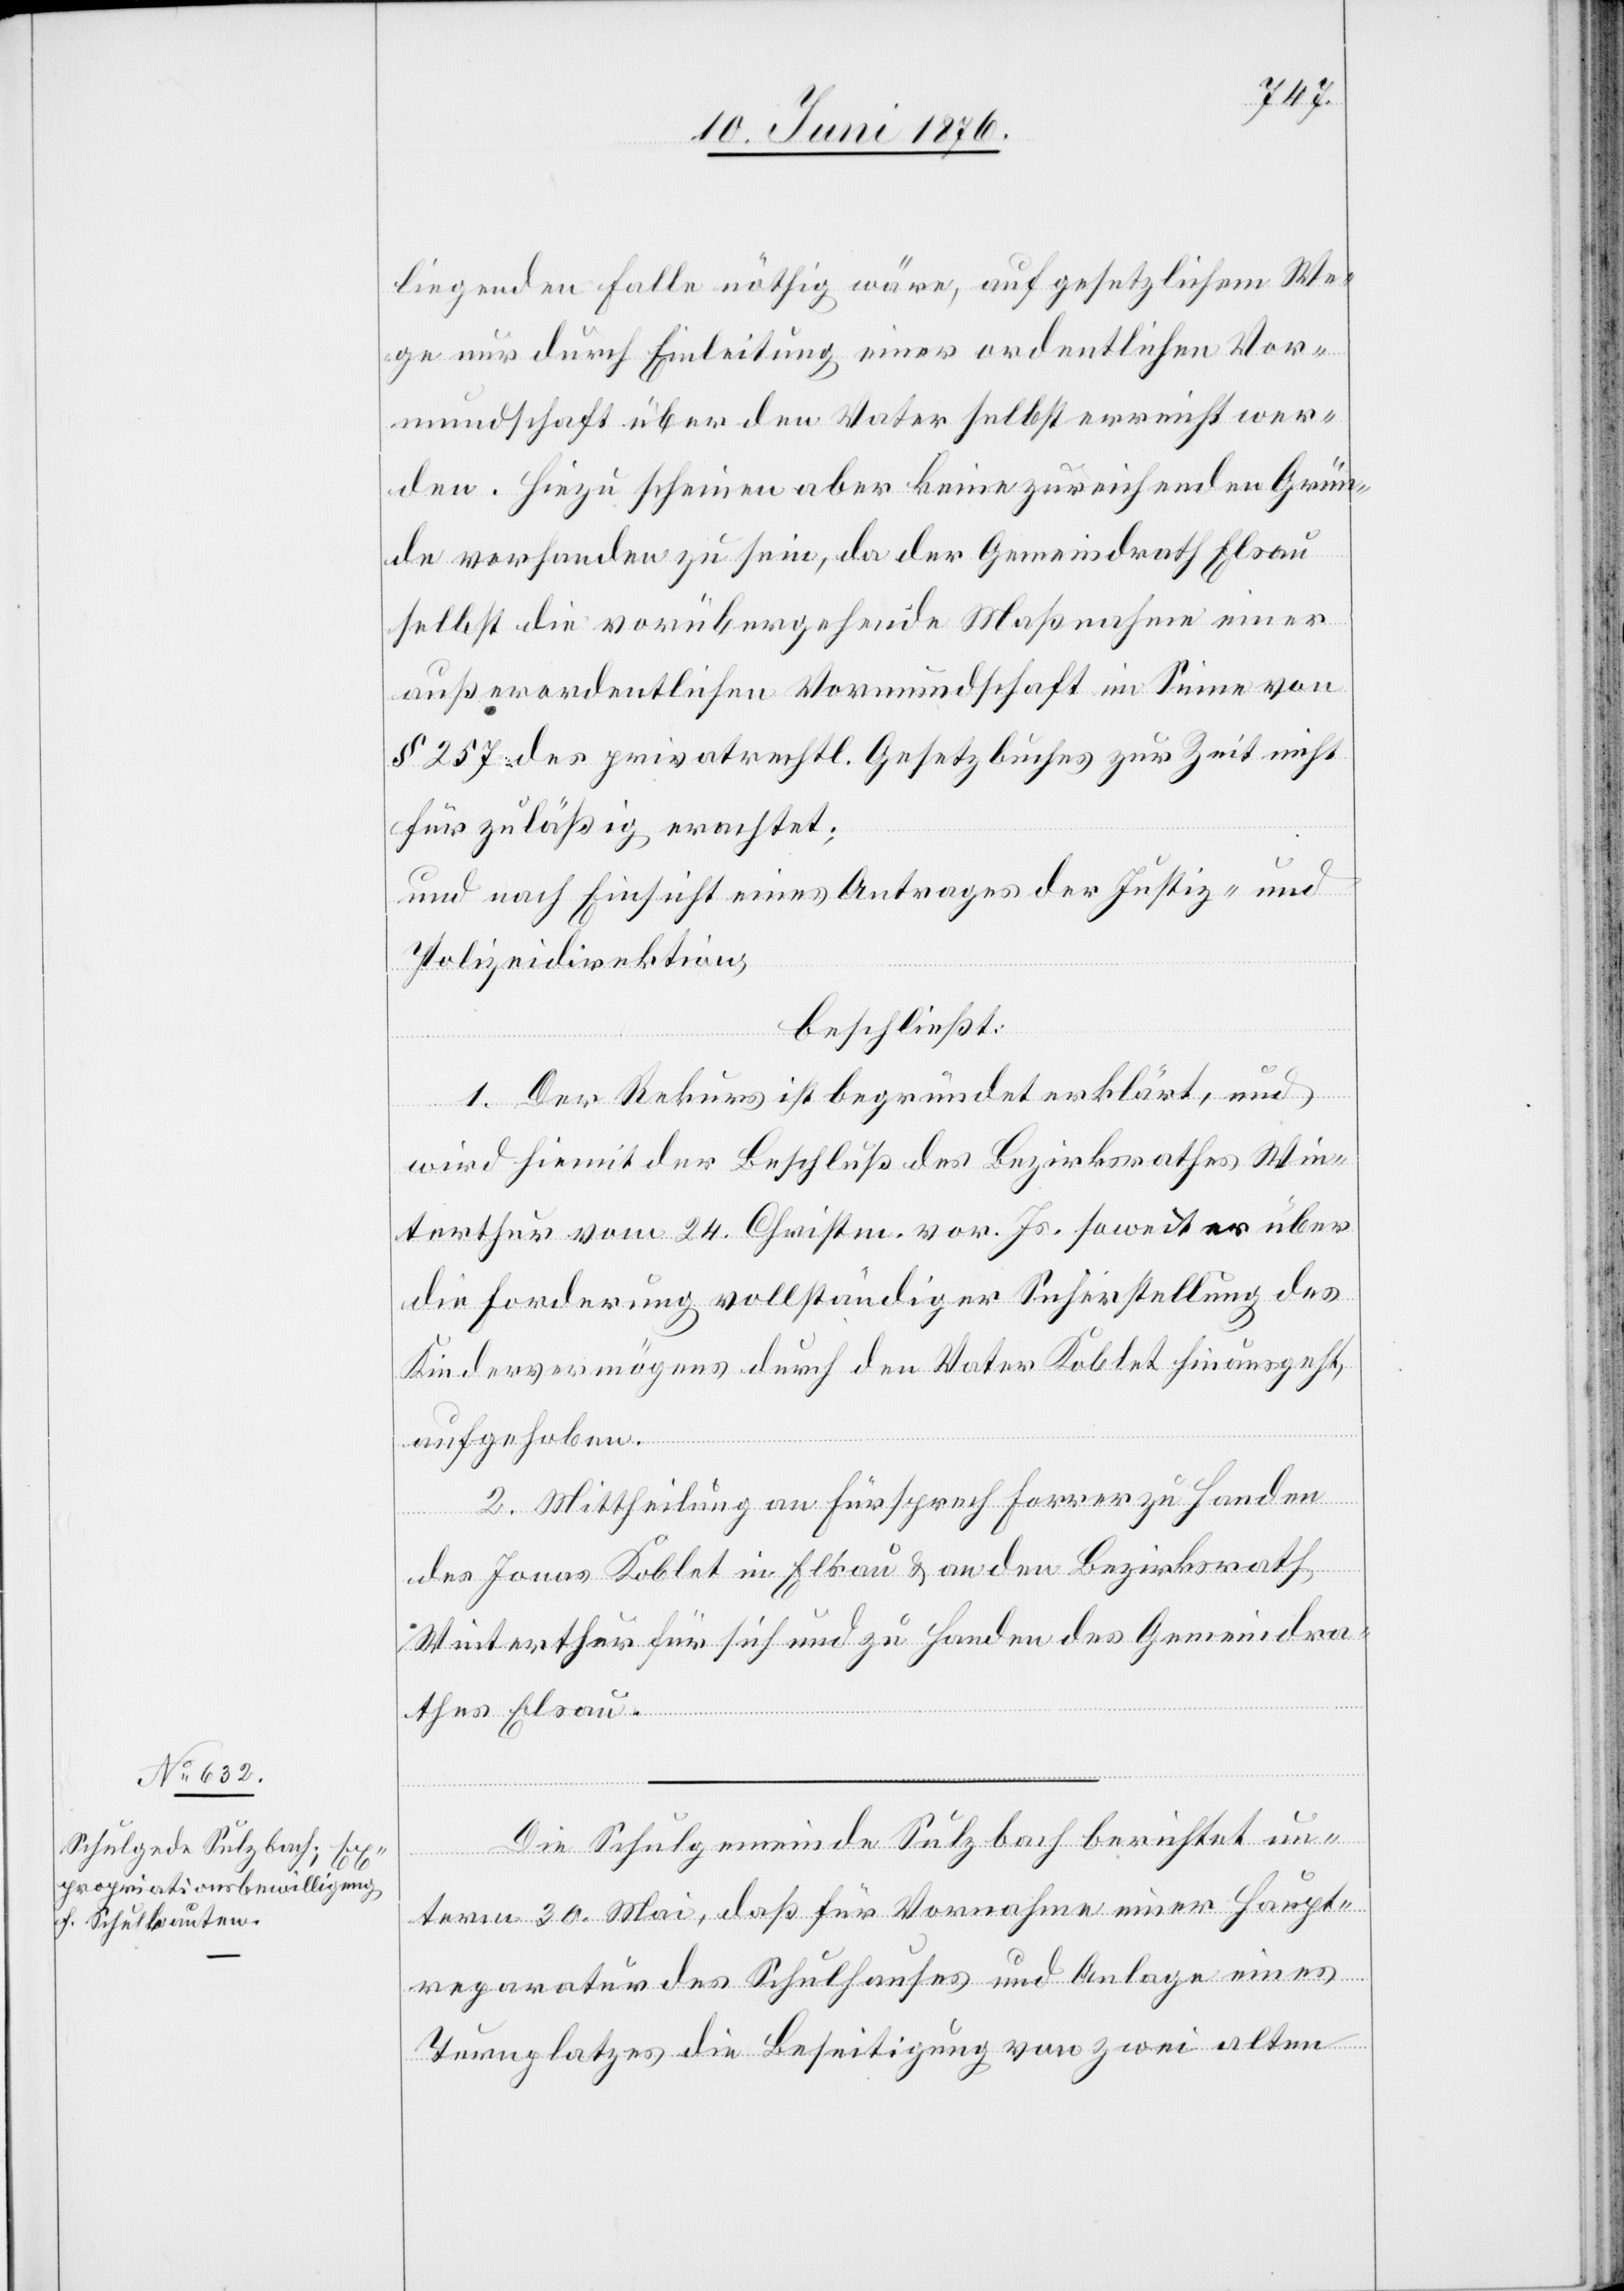
liegenden Falle nöthig wäre, auf gesetzlichem We¬
ge nur durch Einleitung einer ordentlichen Vor¬
mundschaft über den Vater selbst erreicht wer¬
den. Hiezu scheinen aber keine zureichenden Grün¬
de vorhanden zu sein, da der Gemeindrath Elsau
selbst die vorübergehende Maßnahme einer
außerordentlichen Vormundschaft im Sinne von
§ 257 des privatrechtl. Gesetzbuches zur Zeit nicht
für zuläßig erachtet;
und nach Einsicht eines Antrages der Justiz- und
Polizeidirektion,
beschließt:
1. Der Rekurs ist begründet erklärt, und
wird hiemit der Beschluß des Bezirksrathes Win¬
terthur vom 24. Christm. vor. Js. soweit er über
die Forderung vollständiger Sicherstellung des
Kindervermögens durch den Vater Koblet hinausgeht,
aufgegeben.
2. Mittheilung an Fürsprech Forrer zu Handen
des Jonas Koblet in Elsau & an den Bezirksrath
Winterthur für sich und zu Handen des Gemeindra¬
thes Elsau.
Die Schulgemeinde Sulzbach berichtet un¬
term 30. Mai, daß für Vornahme einer Haupt¬
reparatur des Schulhauses und Anlage eines
Turmplatzes die Beseitigung von zwei alten